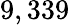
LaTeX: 9,339